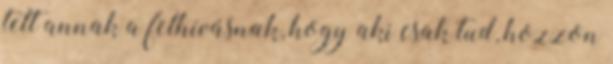
tett annak a felhívásnak, hogy aki csak tud, hozzon